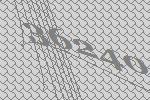
36240